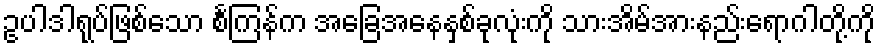
ဥပါဒါရုပ်ဖြစ်သော စင်္ကြန်က အခြေအနေနှစ်ခုလုံးကို သားအိမ်အားနည်းရောဂါတို့ကို